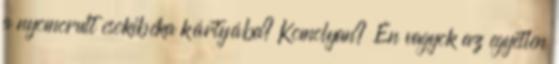
a nyomorult csokibéka kártyába? Komolyan? Én vagyok az egyetlen